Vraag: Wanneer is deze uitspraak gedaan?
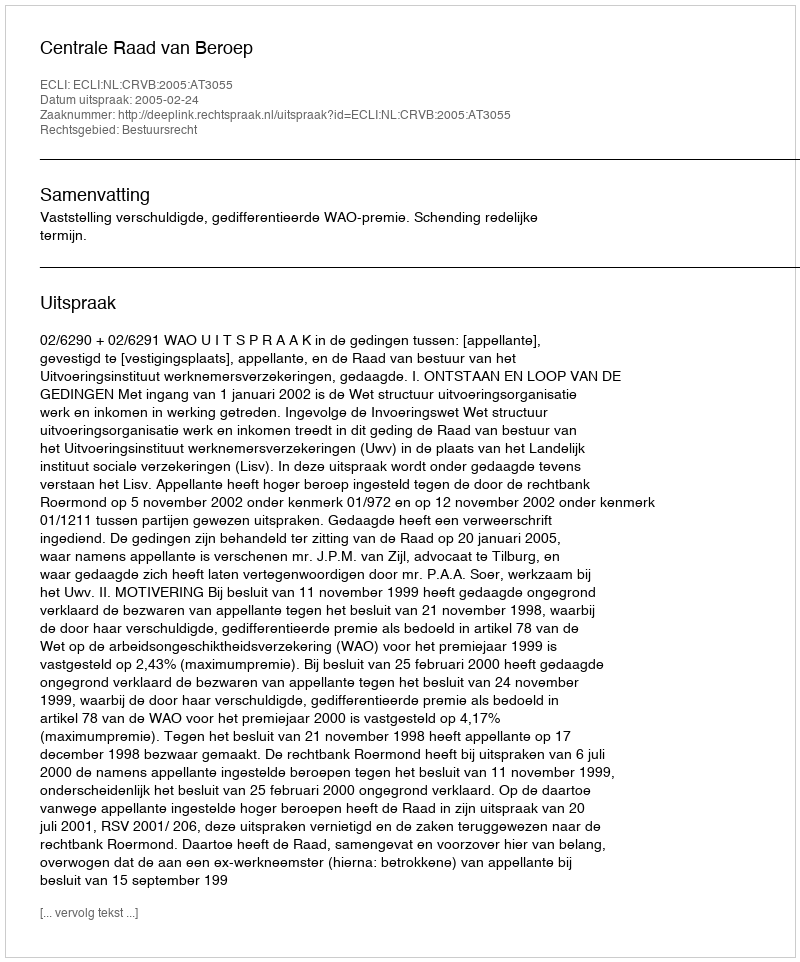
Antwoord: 2005-02-24